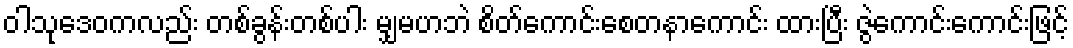
ဝါသုဒေဝကလည်း တစ်ခွန်းတစ်ပါး မျှမဟဘဲ စိတ်ကောင်းစေတနာကောင်း ထားပြီး ဇွဲကောင်းကောင်းဖြင့်